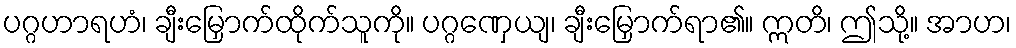
ပဂ္ဂဟာရဟံ၊ ချီးမြှောက်ထိုက်သူကို။ ပဂ္ဂဏှေယျ၊ ချီးမြှောက်ရာ၏။ ဣတိ၊ ဤသို့။ အာဟ၊